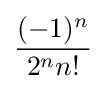
{\frac {(-1)^{n}}{2^{n}n!}}